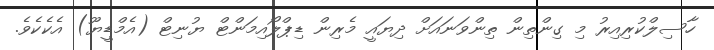
ހާސިލްކުރިއިރު މި ގިންތިން ތިންވަނައަށް ދިޔައީ މެރިން ޑިޕްލޯއިމަންޓް ޔުނިޓް (އެމްޑީޔޫ) އެކެކެވެ.